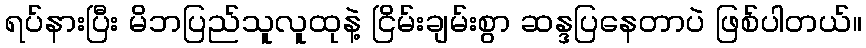
ရပ်နားပြီး မိဘပြည်သူလူထုနဲ့ ငြိမ်းချမ်းစွာ ဆန္ဒပြနေတာပဲ ဖြစ်ပါတယ်။